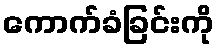
ကောက်ခံခြင်းကို